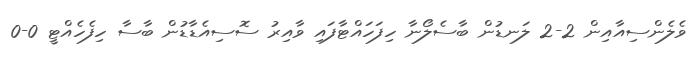
ވެލެންސިއާއިން 2-2 ލަނޑުން ބާސެލޯނާ ހިފަހައްޓާފައި ވާއިރު ސޮސިއެޑާޑުން ބާސާ ހިފެހެއްޓީ 0-0